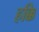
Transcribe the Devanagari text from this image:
हक्कि